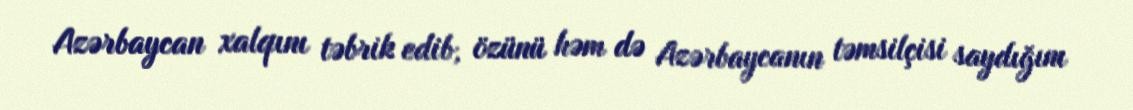
Azərbaycan xalqını təbrik edib, özünü həm də Azərbaycanın təmsilçisi saydığını